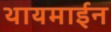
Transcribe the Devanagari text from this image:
थायमाईन